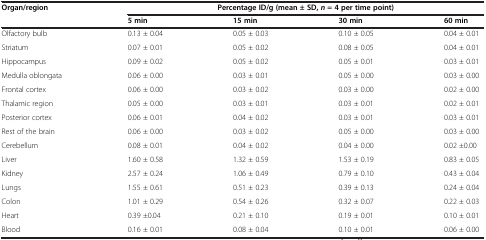
| Organ/region | <COLSPAN=4> Percentage ID/g (mean ± SD, n = 4 per time point) |
 |  | 5 min | 15 min | 30 min | 60 min |
 | --- | --- | --- | --- | --- |
 | Olfactory bulb | 0.13 ± 0.04 | 0.05 ± 0.03 | 0.10 ± 0.05 | 0.04 ± 0.01 |
 | Striatum | 0.07 ± 0.01 | 0.05 ± 0.02 | 0.08 ± 0.05 | 0.04 ± 0.01 |
 | Hippocampus | 0.09 ± 0.02 | 0.05 ± 0.02 | 0.05 ± 0.01 | 0.03 ± 0.01 |
 | Medulla oblongata | 0.06 ± 0.00 | 0.03 ± 0.01 | 0.05 ± 0.00 | 0.03 ± 0.00 |
 | Frontal cortex | 0.06 ± 0.00 | 0.03 ± 0.02 | 0.03 ± 0.00 | 0.02 ± 0.00 |
 | Thalamic region | 0.05 ± 0.00 | 0.03 ± 0.01 | 0.03 ± 0.01 | 0.02 ± 0.01 |
 | Posterior cortex | 0.06 ± 0.01 | 0.04 ± 0.02 | 0.03 ± 0.01 | 0.03 ± 0.01 |
 | Rest of the brain | 0.06 ± 0.00 | 0.03 ± 0.02 | 0.05 ± 0.00 | 0.03 ± 0.00 |
 | Cerebellum | 0.08 ± 0.01 | 0.04 ± 0.02 | 0.04 ± 0.00 | 0.02 ±0.00 |
 | Liver | 1.60 ± 0.58 | 1.32 ± 0.59 | 1.53 ± 0.19 | 0.83 ± 0.05 |
 | Kidney | 2.57 ± 0.24 | 1.06 ± 0.49 | 0.79 ± 0.10 | 0.43 ± 0.04 |
 | Lungs | 1.55 ± 0.61 | 0.51 ± 0.23 | 0.39 ± 0.13 | 0.24 ± 0.04 |
 | Colon | 1.01 ± 0.29 | 0.54 ± 0.26 | 0.32 ± 0.07 | 0.22 ± 0.03 |
 | Heart | 0.39 ±0.04 | 0.21 ± 0.10 | 0.19 ± 0.01 | 0.10 ± 0.01 |
 | Blood | 0.16 ± 0.01 | 0.08 ± 0.04 | 0.10 ± 0.01 | 0.06 ± 0.00 |